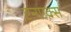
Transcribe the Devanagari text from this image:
एनएक्स